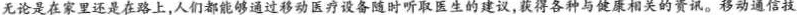
无论是在家里还是在路上，人们都能够通过移动医疗设备随时听取医生的建议，获得各种与健康相关的资讯。移动通信技